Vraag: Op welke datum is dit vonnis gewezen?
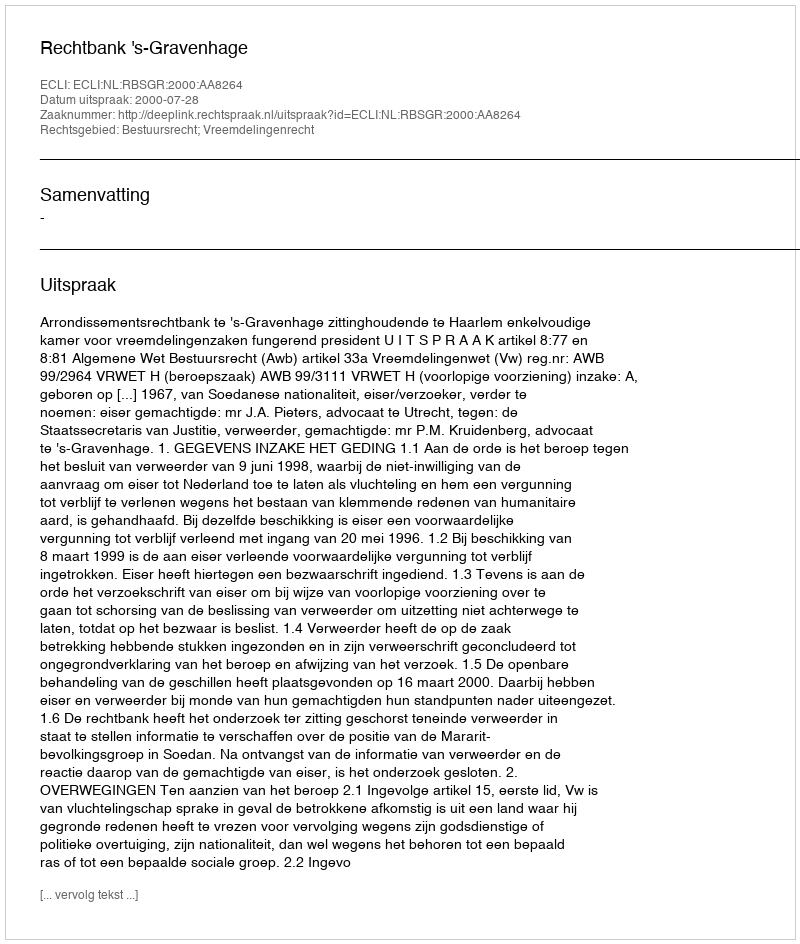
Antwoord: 2000-07-28